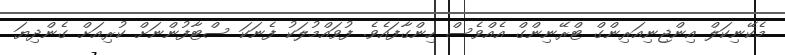
މެކޭނިކަލް އިންޖިނިއަރިންގް ޓްރޭނިންގް އެއްވެސް ހިންގާފައެވެ. ފުވައްމުލަކު ފެނަކަ ސްޓާފުންނަށް ކުރިއަށް ގެންދިޔަ